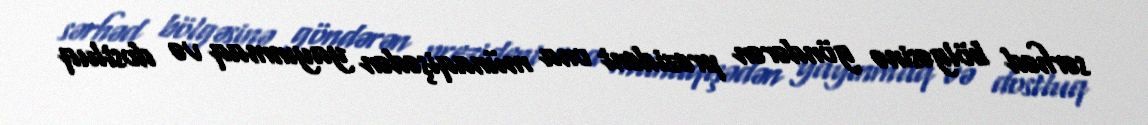
sərhəd bölgəsinə göndərən prezident ona münaqişədən yayınmaq və dostluq